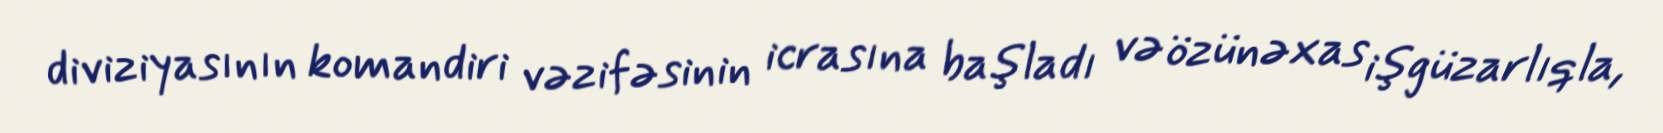
diviziyasının komandiri vəzifəsinin icrasına başladı və özünəxas işgüzarlıqla,